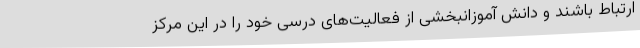
ارتباط باشند و دانش آموزانبخشی از فعالیت‌های درسی خود را در این مرکز